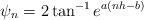
LaTeX: \begin{align*}\psi_{n}=2\tan^{-1}e^{a(nh-b)}\end{align*}